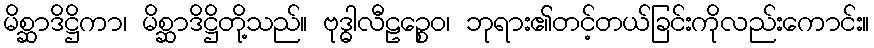
မိစ္ဆာဒိဋ္ဌိကာ၊ မိစ္ဆာဒိဋ္ဌိတို့သည်။ ဗုဒ္ဓါလီဠဉ္စေဝ၊ ဘုရား၏တင့်တယ်ခြင်းကိုလည်းကောင်း။